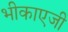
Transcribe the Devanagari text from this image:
भीकाएजी